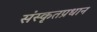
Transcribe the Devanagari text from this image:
संस्कृतप्रधान